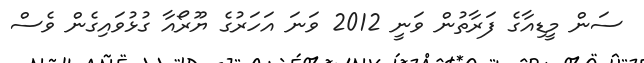
ސަން މީޑިއާގެ ފަރާތުން ވަނީ 2012 ވަނަ އަހަރުގެ ޔޫރޯއާ ގުޅުވައިގެން ވެސް